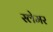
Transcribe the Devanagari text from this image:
स्लेमर